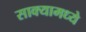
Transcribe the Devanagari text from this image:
साक्यामध्ये